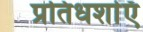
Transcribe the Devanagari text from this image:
प्रतिधर्शाएँ